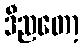
ဒီညတော့